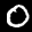
Label: 0